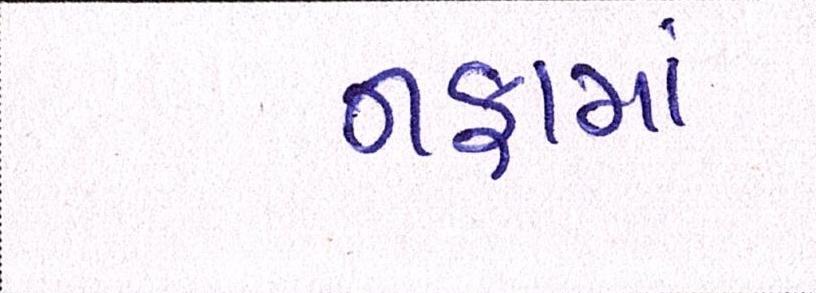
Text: નફામાં